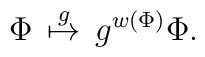
{\Phi} \,\stackrel{g}{\mapsto}\,g^{w({\Phi})}{\Phi}.